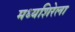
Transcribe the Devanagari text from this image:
मध्यशिरेला